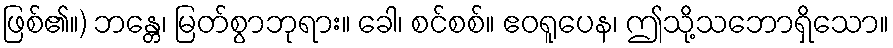
ဖြစ်၏။) ဘန္တေ၊ မြတ်စွာဘုရား။ ခေါ၊ စင်စစ်။ ဧဝရူပေန၊ ဤသို့သဘောရှိသော။